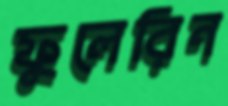
ফুলেরিন